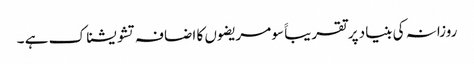
روزانہ کی بنیاد پر تقریباََ سو مریضوں کا اضافہ تشویشناک ہے ۔